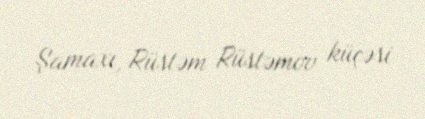
Şamaxı, Rüstəm Rüstəmov küçəsi